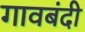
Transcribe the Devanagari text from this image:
गावबंदी